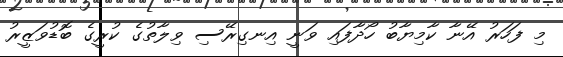
މި ފަހަރު އޭނާ ކާމިޔާބު ހޯދާފައި ވަނީ އިނގިރޭސި ވިލާތުގެ ކުރީގެ ބޮޑުވަޒީރު